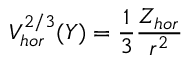
{ \cal V } _ { h o r } ^ { 2 / 3 } ( Y ) = { \frac { 1 } { 3 } } { \frac { Z _ { h o r } } { r ^ { 2 } } }